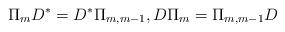
LaTeX: \begin{align*}\Pi_m D^*=D^*\Pi_{m,m-1},D\Pi_m=\Pi_{m,m-1}D\end{align*}